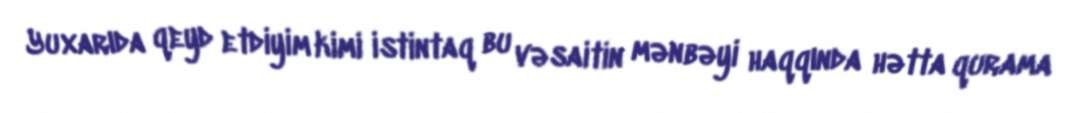
Yuxarıda qeyd etdiyim kimi istintaq bu vəsaitin mənbəyi haqqında hətta qurama